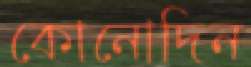
কোনোদিন